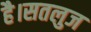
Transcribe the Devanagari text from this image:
है।सतलुज